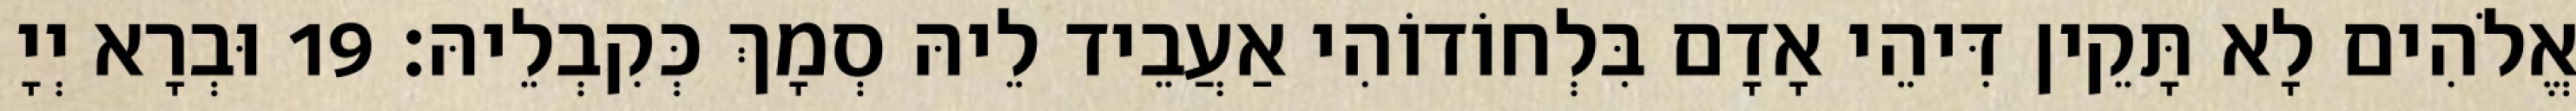
אֱלֹהִים לָא תָּקֵין דִּיהֵי אָדָם בִּלְחוֹדוֹהִי אַעֲבֵיד לֵיהּ סְמָךְ כְּקִבְלֵיהּ׃ 19 וּבְרָא יְיָ